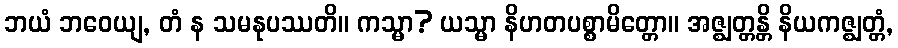
ဘယံ ဘဝေယျ, တံ န သမနုပဿတိ။ ကသ္မာ? ယသ္မာ နိဟတပစ္စာမိတ္တော။ အဇ္ဈတ္တန္တိ နိယကဇ္ဈတ္တံ,